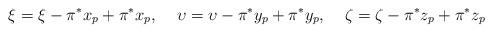
LaTeX: \begin{align*}\xi = \xi -\pi^*x_p +\pi^*x_p,\:\:\:\:\:\upsilon =\upsilon -\pi^*y_p+\pi^*y_p,\:\:\:\:\:\zeta =\zeta-\pi^*z_p +\pi^*z_p\end{align*}